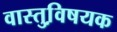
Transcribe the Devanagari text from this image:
वास्तुवि़षयक